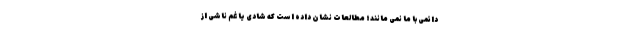
دائمی با ما نمی مانند؛ مطالعات نشان داده است که شادی یا غم ناشی از